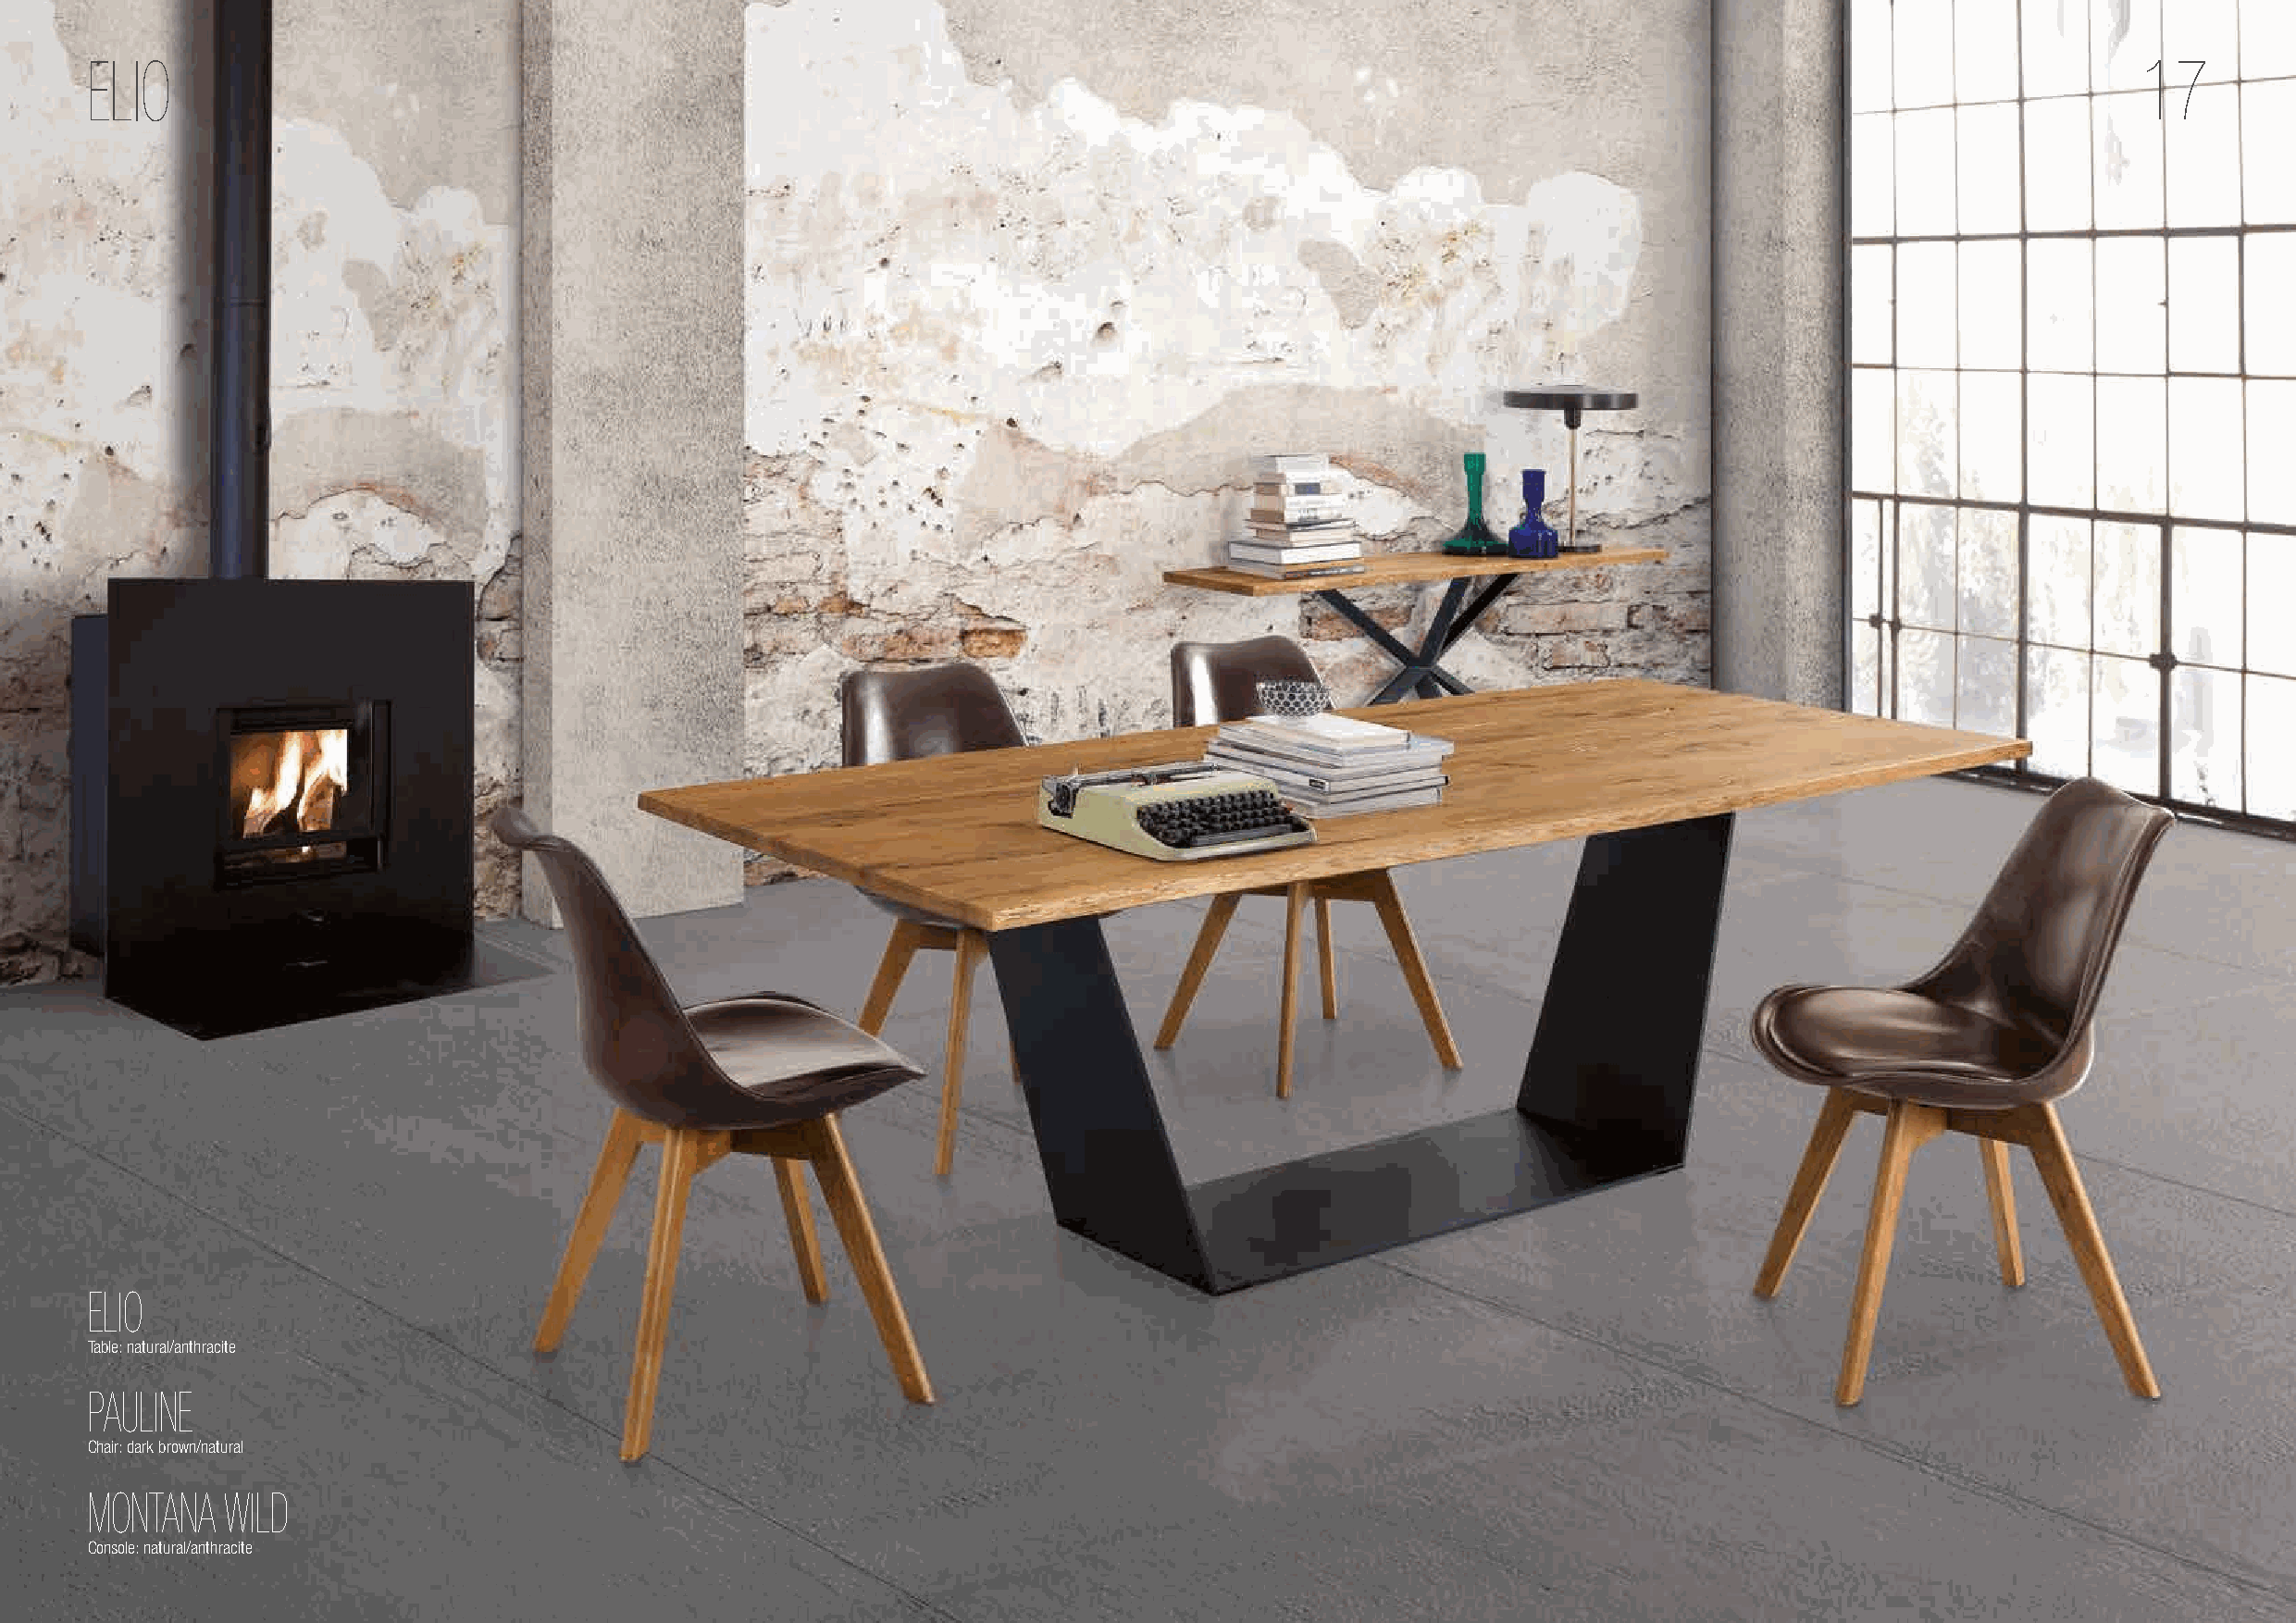
ELIO                                                                                                                                               17
 ELIO
 Table: natural/anthracite
 PAULINE
 Chair: dark brown/natural
 MONTANA   WILD
 Console: natural/anthracite